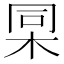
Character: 𣑸